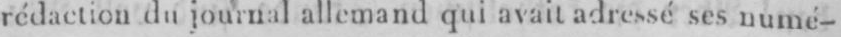
rédaction du journal allemand qui avait adressé ses numé-